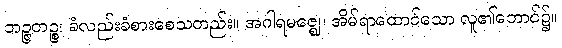
ဘဉ္ဇတဉ္စ၊ ခံလည်းခံစားစေသတည်း။ အဂါရမဇ္ဈေ၊ အိမ်ရာထောင်သော လူ၏ဘောင်၌။